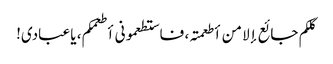
کلکم جائع إلا من أطعمتہ، فاستطعمونی أطعمکم، یا عبادی!